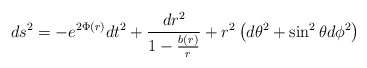
\begin{align*}ds^{2} = -e^{2\Phi (r)} dt^{2} + \frac{dr^{2}}{1 - \frac{b(r)}{r}} +r^{2}\left ( d\theta^{2} + \sin^{2} \theta d\phi^{2}\right )\end{align*}